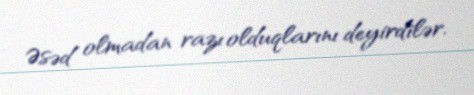
Əsəd olmadan razı olduqlarını deyirdilər.